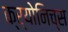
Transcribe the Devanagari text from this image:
क्र्योनिच्स